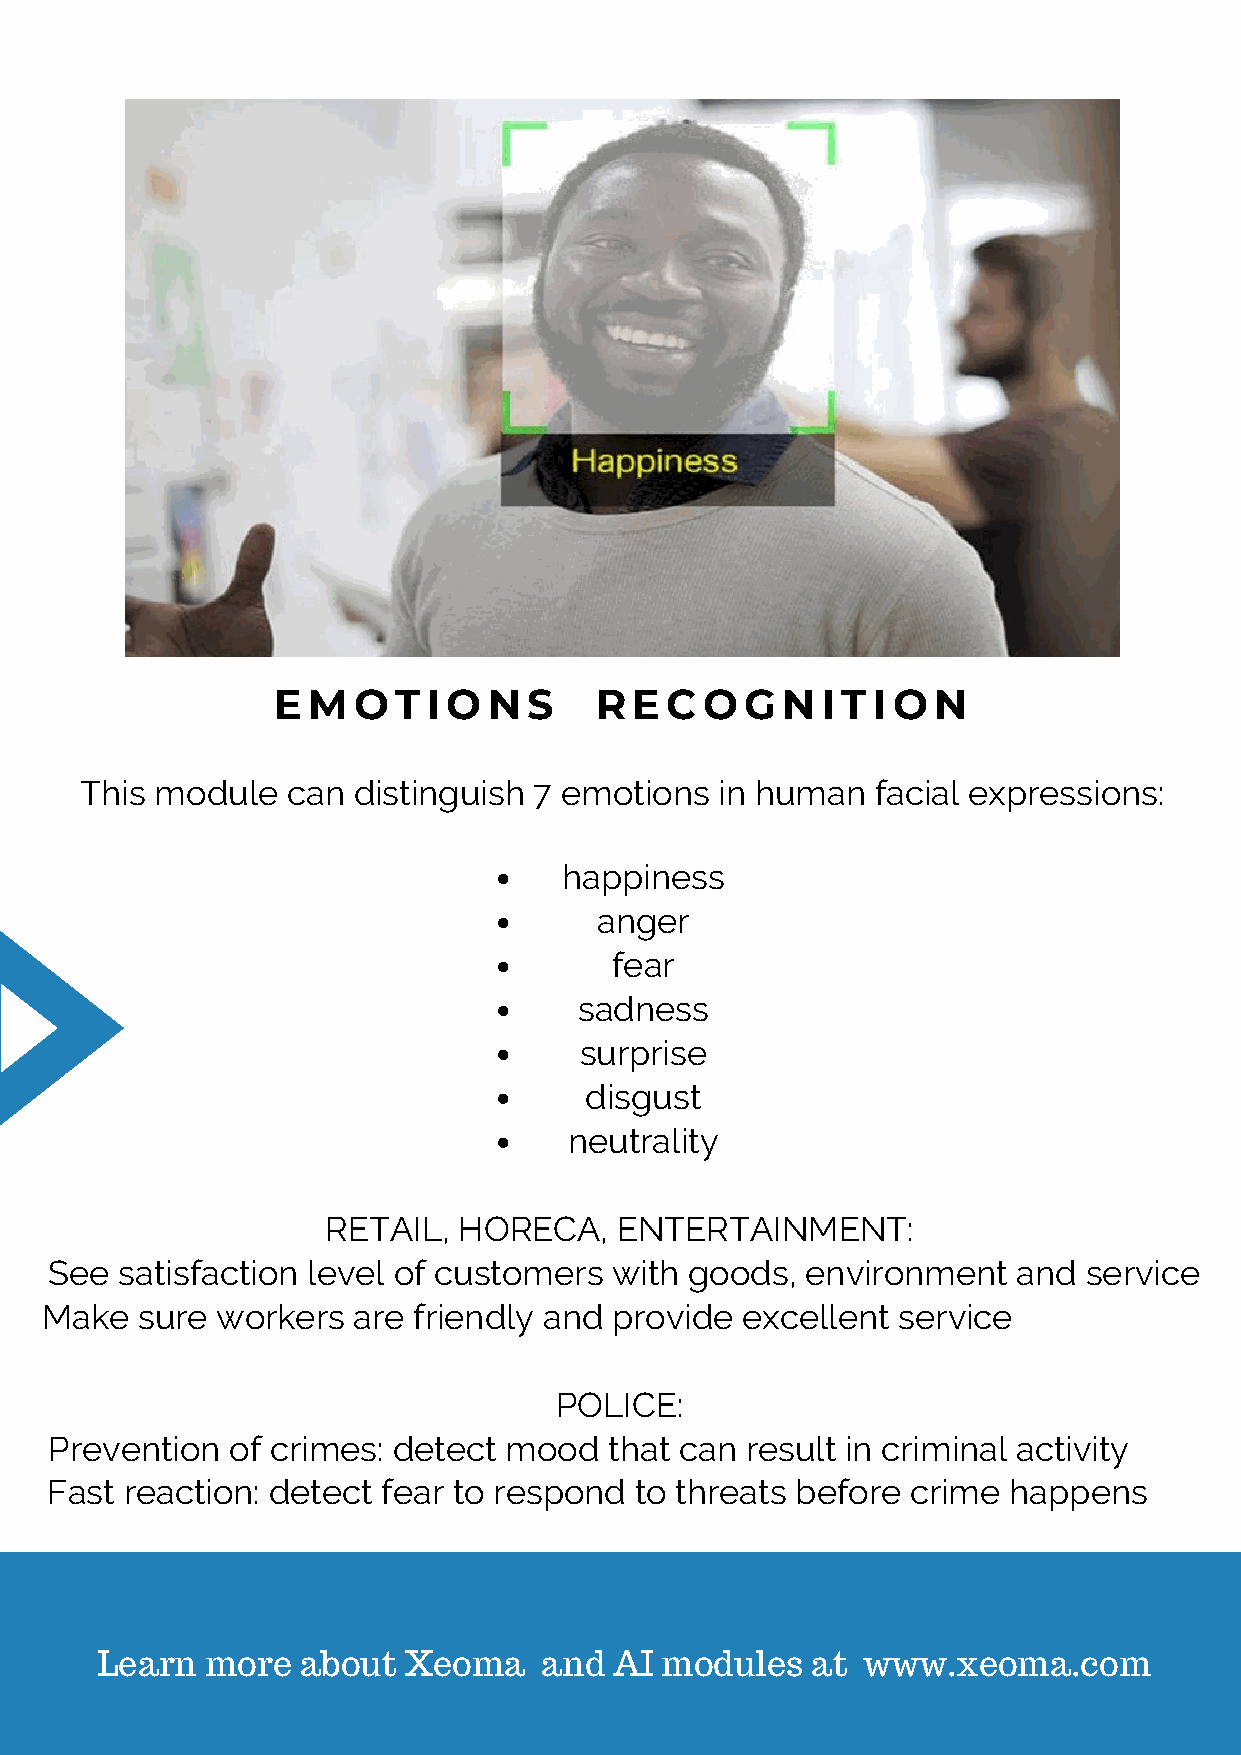
EMOTIONS             RECOGNITION
 This module   can distinguish 7 emotions   in human  facial expressions:
 happiness
 anger
 fear
 sadness
 surprise
 disgust
 neutrality
 RETAIL, HORECA,    ENTERTAINMENT:
 See  satisfaction level of customers  with goods, environment   and  service
 Make  sure workers  are friendly and  provide excellent service
 POLICE:
 Prevention  of crimes: detect mood   that can result in criminal activity
 Fast reaction: detect fear to respond  to threats before crime  happens
 Learn   more  about  Xeoma    and  AI modules   at www.xeoma.com